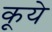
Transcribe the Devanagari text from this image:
कूये